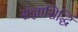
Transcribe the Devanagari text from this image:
संज्ञासिद्धिं